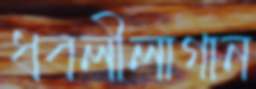
ধবলীলাগান